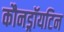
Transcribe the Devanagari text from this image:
कौनड्रॉयटिन